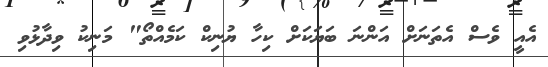
އެއީ ވެސް އެތަނަށް އަންނަ ބަޔަކަށް ކިހާ ޔުނިކް ކަމެއްތޯ" މަނިކު ވިދާޅުވި